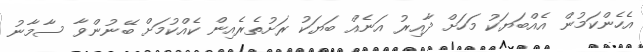
އެހެންކަމުން އެއްބަޔަކު މަހަށް ދާއިރު އަނެއް ބަޔަކު ރަށުތެރެއިން ކެއްކުމަށް ބޭނުންވާ ސާމާނު